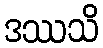
ဒဿသိ